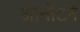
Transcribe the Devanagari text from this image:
आर्नॉटने